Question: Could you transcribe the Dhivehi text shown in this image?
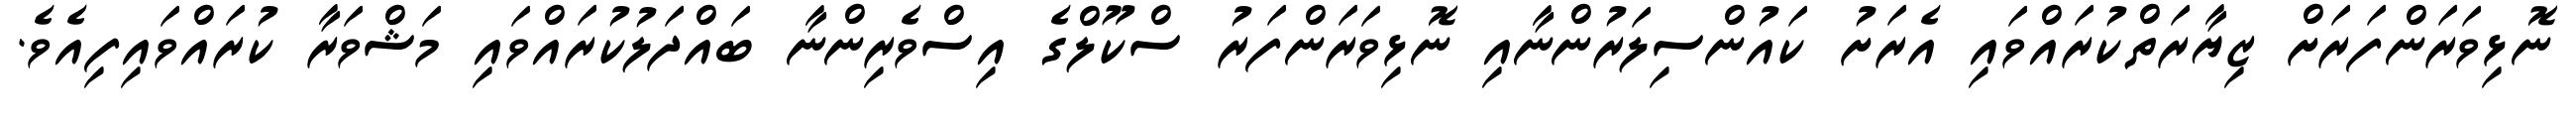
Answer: ނޮޅިވަރަންފަރަށް ޒިޔާރަތްކުރައްވައި އެރަށު ކައުންސިލަރުންނާއި ނޮޅިވަރަންފަރު ސްކޫލްގެ އިސްވެރިންނާ ބައްދަލުކުރައްވައި މަޝްވަރާ ކުރައްވައިފިއެވެ.